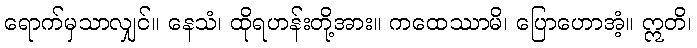
ရောက်မှသာလျှင်။ နေသံ၊ ထိုရဟန်းတို့အား။ ကထေဿာမိ၊ ပြောဟောအံ့။ ဣတိ၊